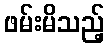
ဖမ်းမိသည့်